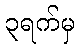
၃ရက်မှ